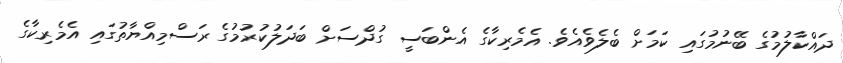
ދައްކާލުމުގެ ބޭނުމުގައި ކަމަށް ބެލެވެއެވެ. އެމެރިކާގެ އެންބަސީ ގުދްސަށް ބަދަލުކުރުމުގެ ރަސްމިއްޔާތުގައި އެމެރިކާގެ